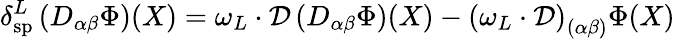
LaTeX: \delta_{\mathrm{sp}}^{L}\left(D_{\alpha\beta}\Phi\right)(X)=\omega_{L}\cdot\mathcal{D}\left(D_{\alpha\beta}\Phi\right)(X)-\left({\omega_{L}}\cdot\mathcal{D}\right)_{(\alpha\beta)}\Phi(X)